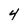
Character: 4